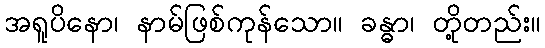
အရူပိနော၊ နာမ်ဖြစ်ကုန်သော။ ခန္ဓာ၊ တို့တည်း။